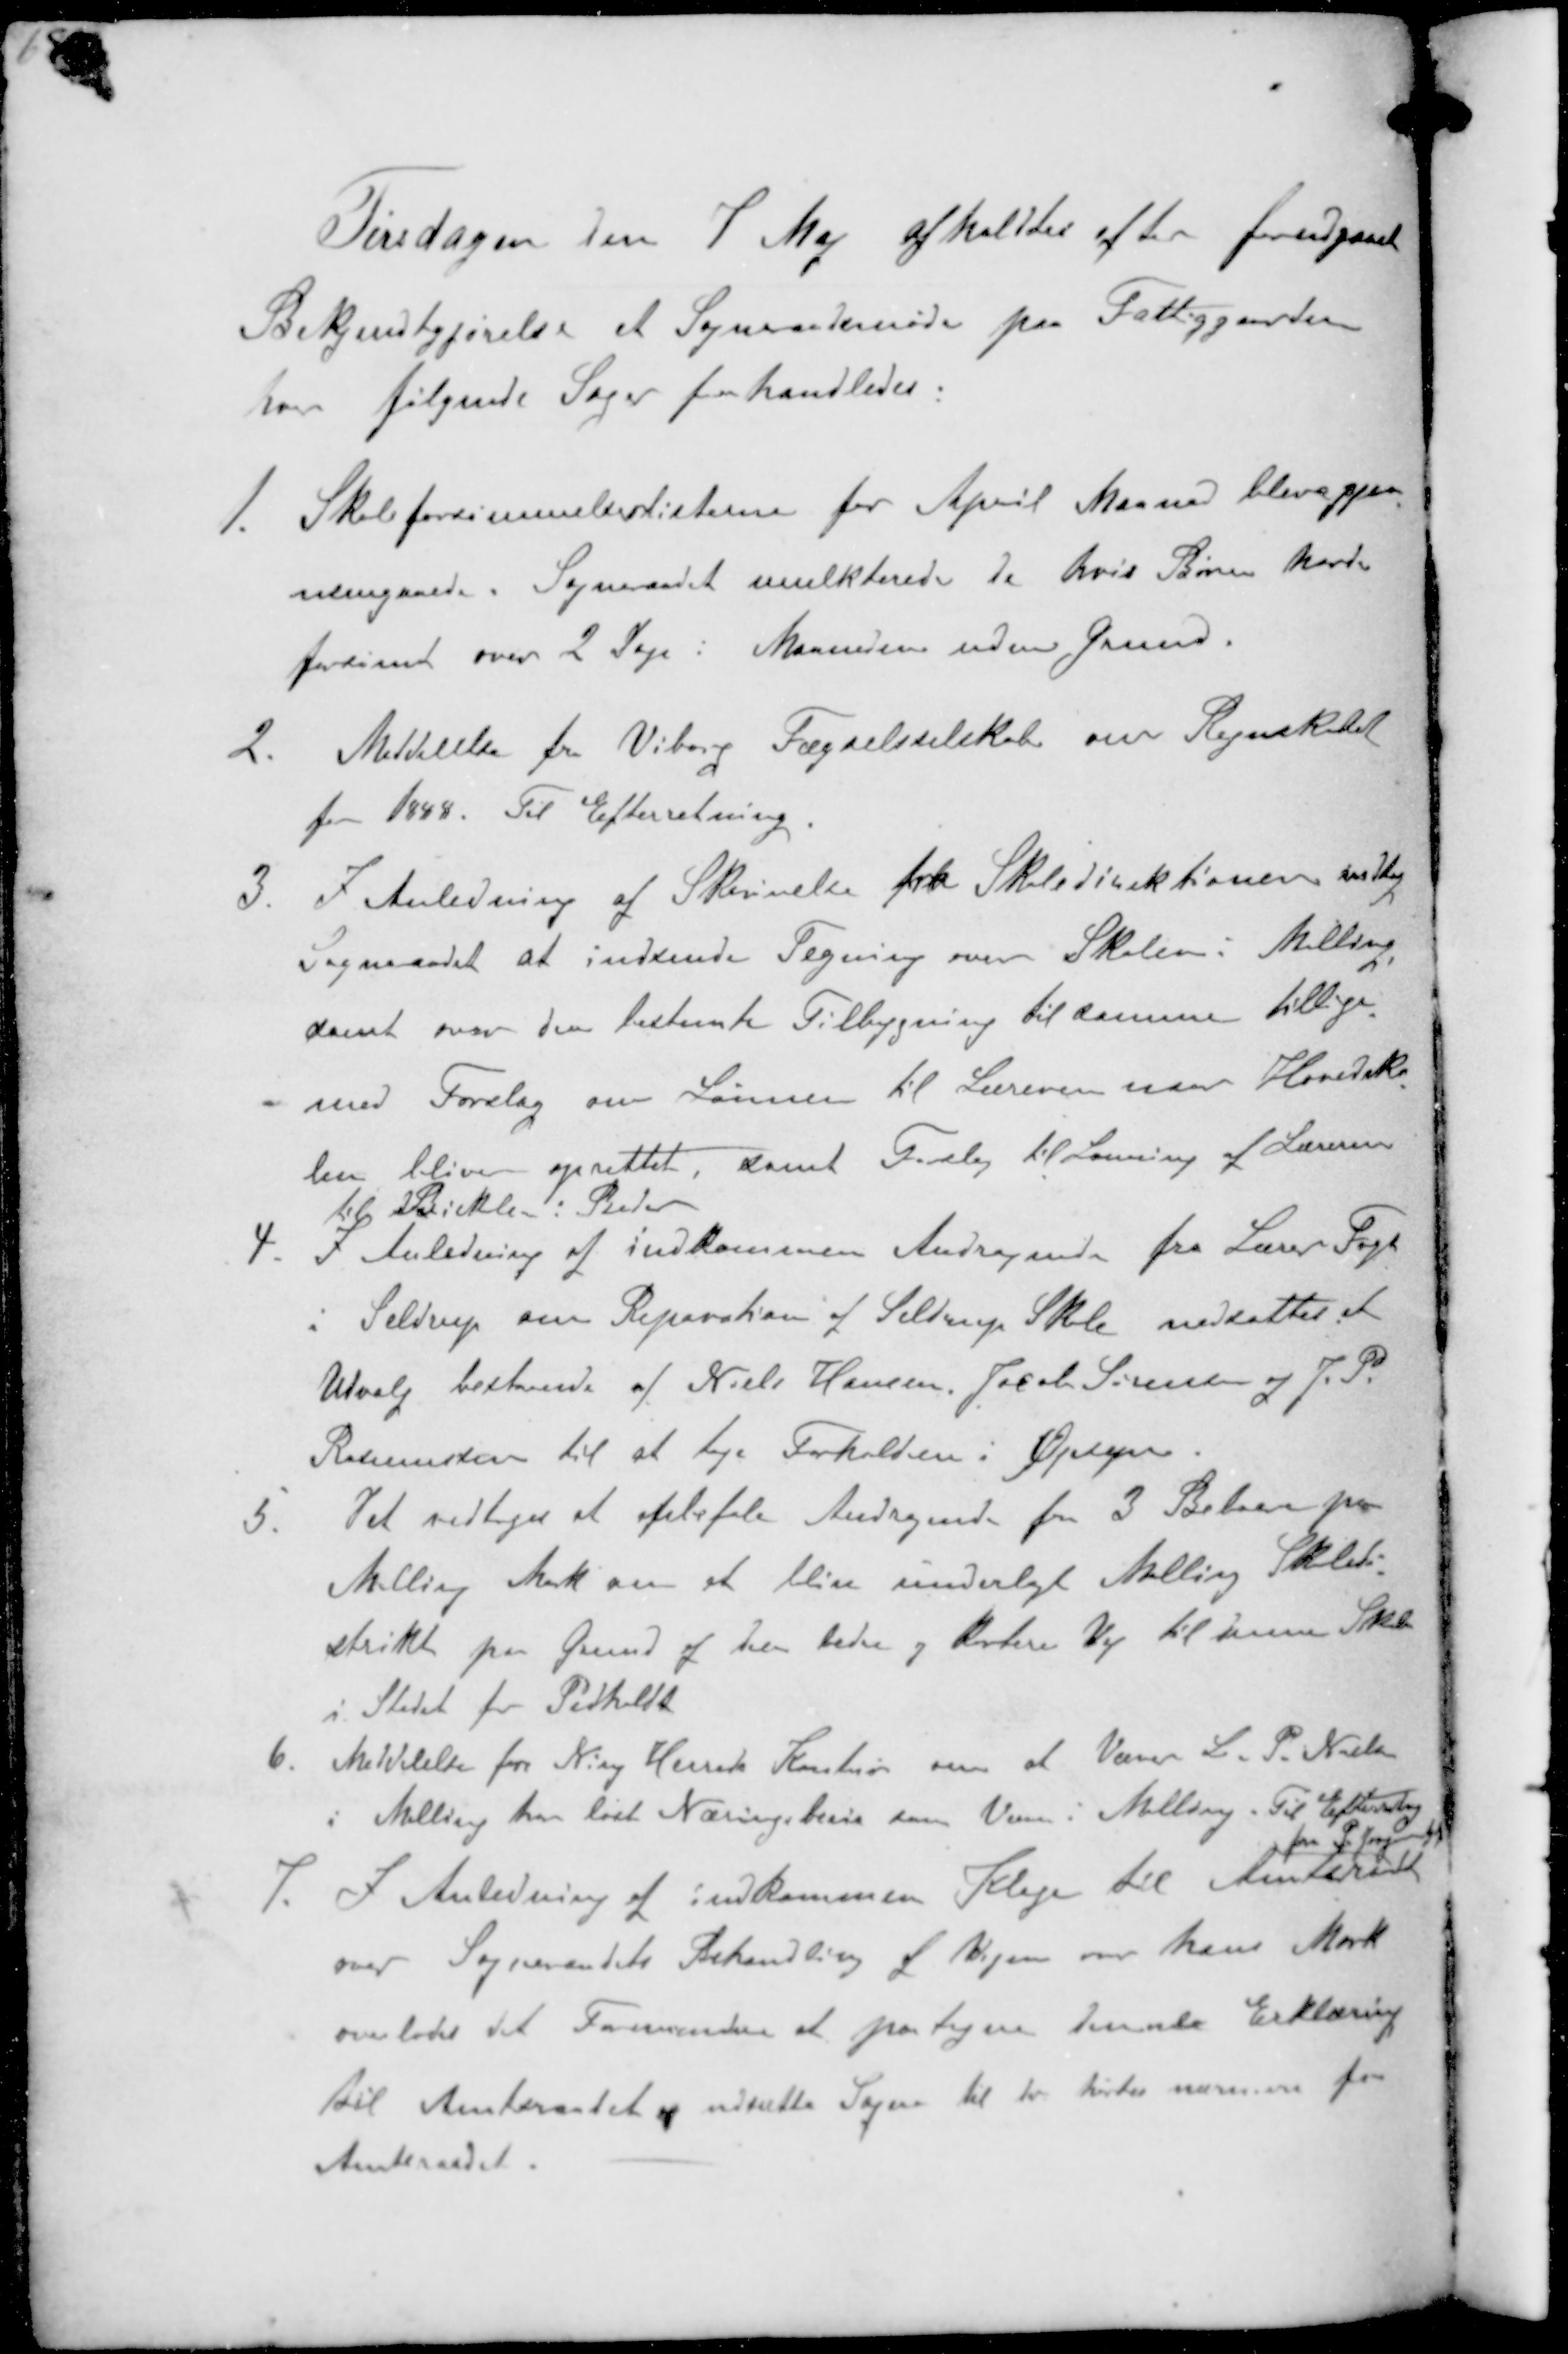
Transskription:
Tirsdagen den 7 Maj afholdes efter forudgaaet
Bekjentgjørelse et Sogneraadsmøde paa Fattiggaarden
hvor følgende Sager forhandledes.
1. Skoleforsømmelseslisterne for April Maaned bleve gjen-
nemgaaede. Sogneraadet mulkterede de hvis Børn havde
forsømt over 2 Dag i Maaneden uden Grund.
2. Meddelelse fra Viborg Fægselsselskab om Regnskabet
for 1888. Til Efterretning
3. I Anledning af Skrivelse fra Skoledirektionen vedtog
Sogneraadet at indsende Tegning over Skolen i Malling
samt over den bestemte Tilbygning til samme tillige
med Forslag om Lønnen til Læreren naar Hovedsko-
len blive oprettet samt Forslag til Lønning af Læreren
til Biskolen i Beder
4. I Anledning af indkommen Andragende fra Lærer Fogh
i Seldrup om Reparation af Seldrup Skole nedsattes et
Udvalg bestaaende af Niels Hansen, Jacob Sørensen og J. P.
Rasmussen til at tage Forholden i Orden.
5. Det vedtoges at anbefale Andragende fra 3 Beboer paa
Malling Mark om at blive underlagt Malling Skoledi-
strikt paa Grund af den bedre og kortere Vej til denne Skole
i Stedet for Pedholdt
6. Meddelelse fra Ning Herreds Kontor om at Væver L. P. Nielsen
i Malling har løst Næringsbevis som Væver i Malling. Til Efterretning
7. I Anledning af indkommen Klage til Amtsrådet
fra P Jørgensen
over Sogneraadets Behandling af Vejen over hans Mark
overlodes det Formanden at paategne denne Erklæring
til Amtsraadet og udsætte Sagen til der høres nærmere fra
Amtsraadet